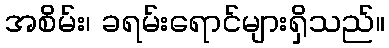
အစိမ်း၊ ခရမ်းရောင်များရှိသည်။